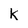
Character: k